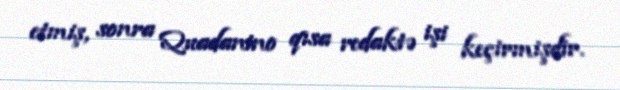
etmiş, sonra Quadanino qısa redaktə işi keçirmişdir.